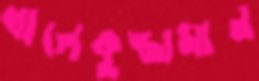
খালেকুজ্জামান